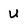
Character: u